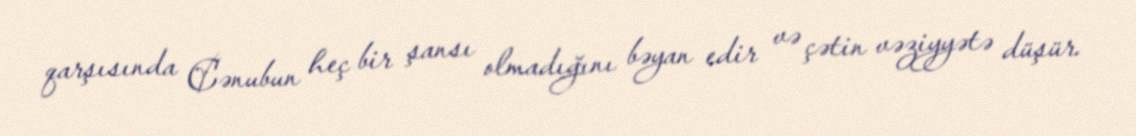
qarşısında Cənubun heç bir şansı olmadığını bəyan edir və çətin vəziyyətə düşür.